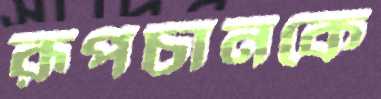
রূপচানকে